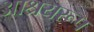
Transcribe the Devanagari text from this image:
आश्रयरूप